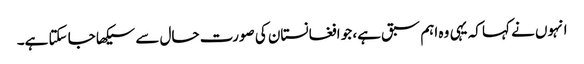
انہوں نے کہا کہ یہی وہ اہم سبق ہے، جو افغانستان کی صورت حال سے سیکھا جا سکتا ہے۔